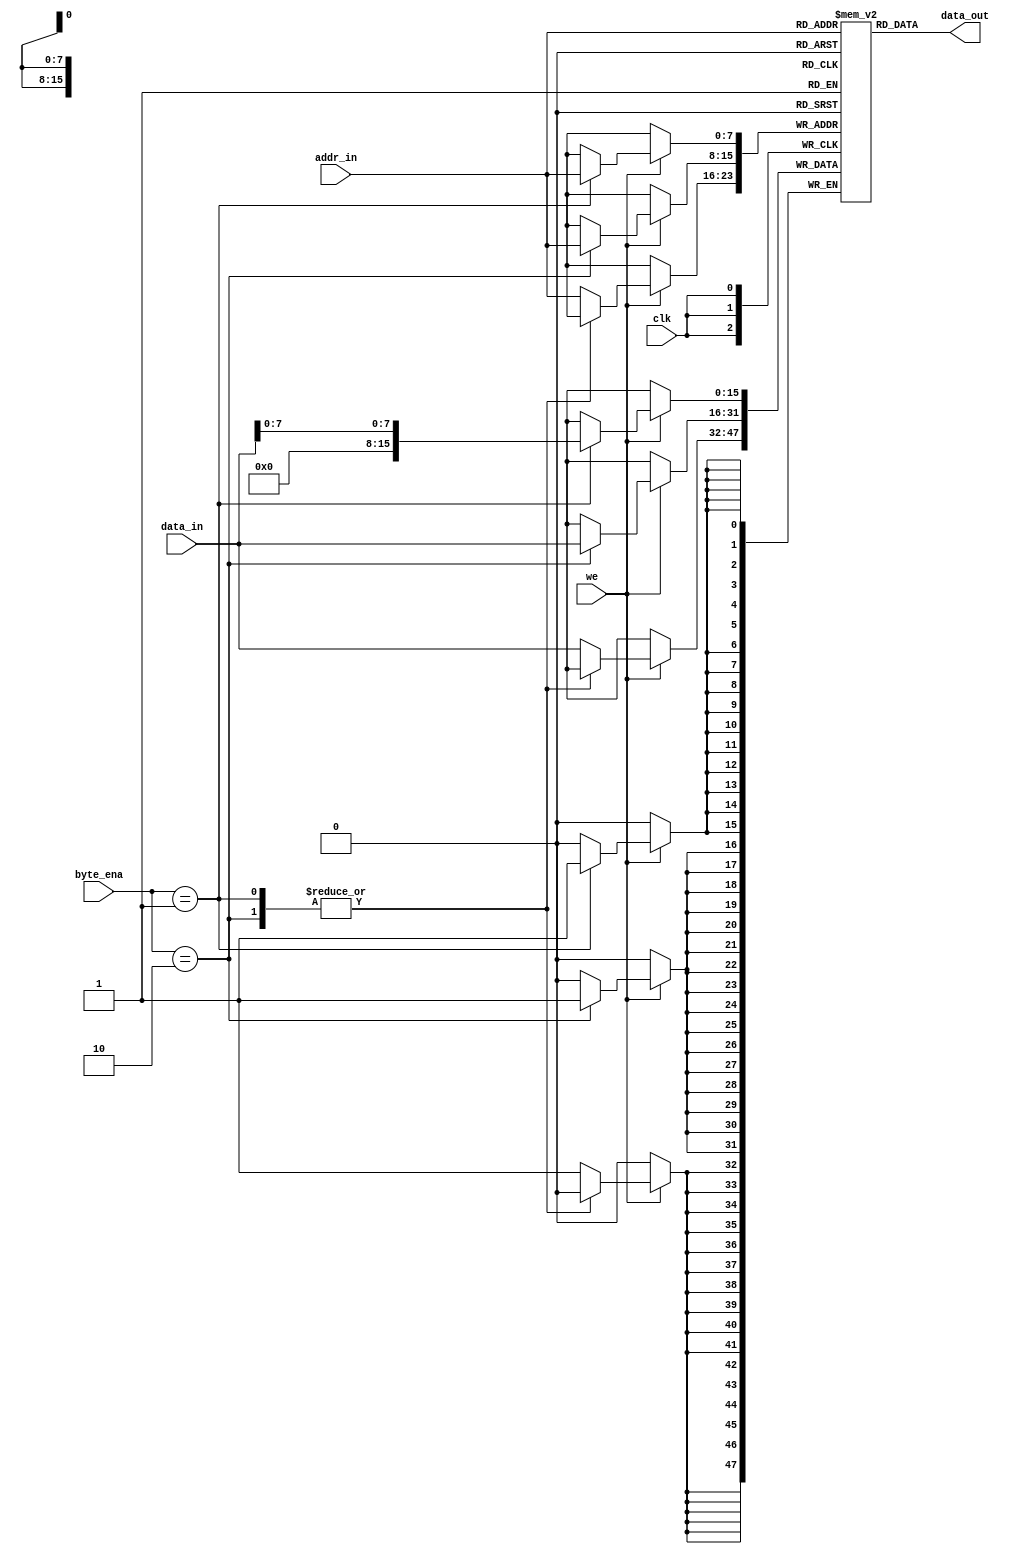
module ram_byte_ena #(
	parameter DATA_WIDTH = 16,
	parameter ADDR_WIDTH = 8
) (
	input                   clk,
	input                   we, 
	input  [1:0]            byte_ena,
	input  [DATA_WIDTH-1:0] data_in,
	input  [ADDR_WIDTH-1:0] addr_in,
	output [DATA_WIDTH-1:0] data_out
);

reg [DATA_WIDTH-1:0] ram [0:2**ADDR_WIDTH-1];

always @(posedge clk) begin
	if (we) begin
		case (byte_ena)
			2'b01: ram[addr_in] <= data_in[7:0];
			2'b10: ram[addr_in] <= data_in[DATA_WIDTH-1:0];
			default: ram[addr_in] <= data_in[DATA_WIDTH-1:0];
		endcase
	end
end

assign data_out = ram[addr_in];
endmodule